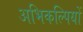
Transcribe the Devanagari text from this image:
अभिकल्पियों